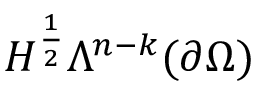
H ^ { \frac { 1 } { 2 } } \Lambda ^ { n - k } ( \partial \Omega )